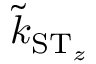
\tilde { k } _ { \ensuremath { \mathrm { S } } \ensuremath { \mathrm { T } } _ { z } }